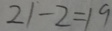
2 1 - 2 = 1 9